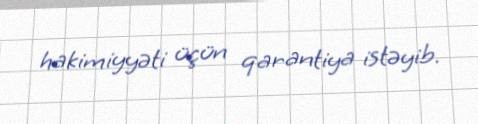
hakimiyyəti üçün qarantiya istəyib.